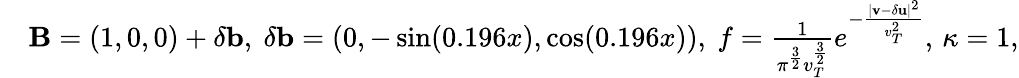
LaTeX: \begin{array}{rl}&{{\mathbf B}=(1,0,0)+\delta{\mathbf b},\ \delta{\mathbf b}=(0,-\sin(0.196x),\cos(0.196x)),\ f=\frac{1}{\pi^{\frac{3}{2}}v_{T}^{\frac{3}{2}}}e^{-\frac{|{\mathbf v}-\delta{\mathbf u}|^{2}}{v_{T}^{2}}},\, \kappa=1,}\end{array}